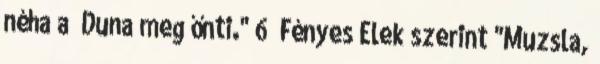
néha a’ Duna meg őnti." 6 Fényes Elek szerint "Muzsla,